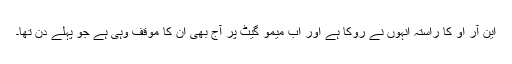
این آر او کا راستہ انہوں نے روکا ہے اور اب میمو گیٹ پر آج بھی ان کا موقف وہی ہے جو پہلے دن تھا۔